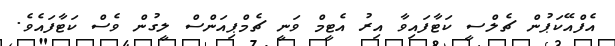
އެފްއޭކަޕުން ޗެލްސީ ކަޓާފައިވާ އިރު އެޓީމް ވަނީ ޗެމްޕިއަންސް ލީގުން ވެސް ކަޓާފައެވެ.